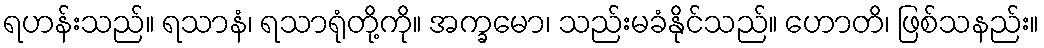
ရဟန်းသည်။ ရသာနံ၊ ရသာရုံတို့ကို။ အက္ခမော၊ သည်းမခံနိုင်သည်။ ဟောတိ၊ ဖြစ်သနည်း။